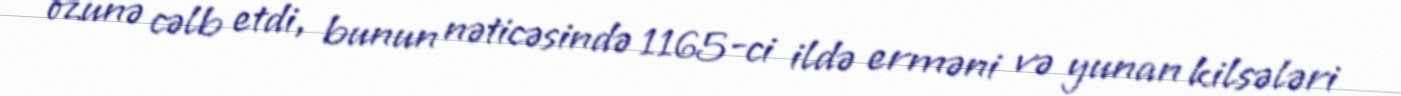
özünə cəlb etdi, bunun nəticəsində 1165-ci ildə erməni və yunan kilsələri